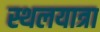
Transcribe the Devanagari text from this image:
स्थलयात्रा